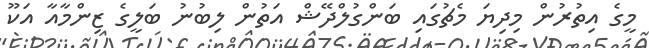
މީގެ އިތުރުން މިދިޔަ މެޗުގައި ބަންގުލްދޭޝް އަތުން ލިބުނު ބަލީގެ ޒިންމާއާ އަކޫ